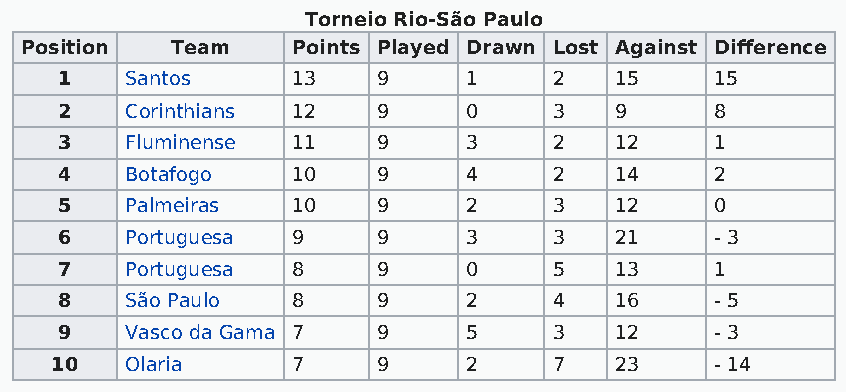
Torneio Rio-São Paulo
 Position  Team    Points Played Drawn Lost Against Difference
 1   Santos     13    9     1     2   15    15
 2   Corinthians 12   9     0     3   9     8
 3   Fluminense 11    9     3     2   12    1
 4   Botafogo   10    9     4     2   14    2
 5   Palmeiras  10    9     2     3   12    0
 6   Portuguesa 9     9     3     3   21    - 3
 7   Portuguesa 8     9     0     5   13    1
 8   São Paulo  8     9     2     4   16    - 5
 9   Vasco da Gama 7  9     5     3   12    - 3
 10   Olaria     7     9     2     7   23    - 14